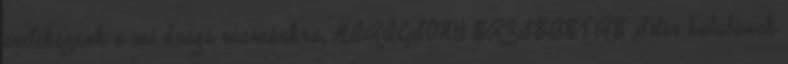
emlékezünk a mi drága mamánkra, KARÁCSONY ERZSÉBETRE Síter halálának